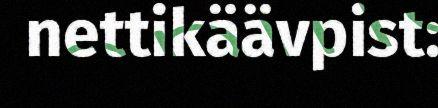
nettikäävpist: